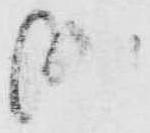
哉